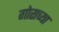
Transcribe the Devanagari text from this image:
गोराच्या